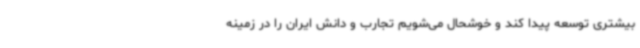
بیشتری توسعه پیدا کند و خوشحال می‌شویم تجارب و دانش ایران را در زمینه